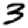
Digit: 3